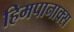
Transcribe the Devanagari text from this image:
हिमपानाक्स